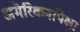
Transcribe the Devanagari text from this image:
अमेरिकनांपेक्षा